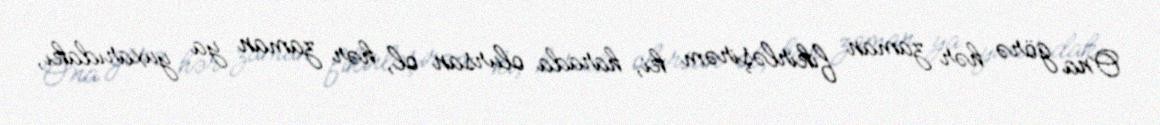
Ona görə hər zaman fikirləşirəm ki, harada olursan ol, hər zaman ya yuxarıdakı,